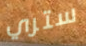
ستري